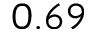
0 . 6 9